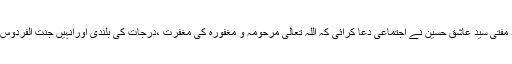
قرآن خوانی کے بعد مفتی سید عاشق حسین نے اجتماعی دعا کرائی کہ اللہ تعالیٰ مرحومہ و مغفورہ کی مغفرت ،درجات کی بلندی اورانہیں جنت الفردوس میں اعلیٰ مقام دے ۔